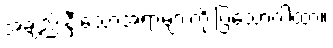
အချည်းနှီးသောအရာများကို ပြသောဂါထာ။